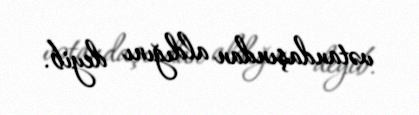
vətandaşından aldığını deyib.